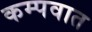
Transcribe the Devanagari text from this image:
कम्पवात